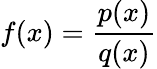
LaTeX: f(x)={\frac{p(x)}{q(x)}}